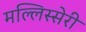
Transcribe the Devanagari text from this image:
मल्लिस्सेरी